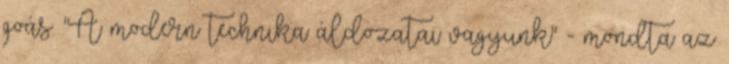
goás. "A modern technika áldozatai vagyunk" - mondta az